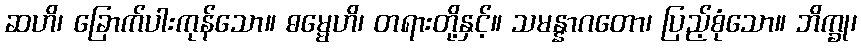
ဆဟိ၊ ခြောက်ပါးကုန်သော။ ဓမ္မေဟိ၊ တရားတို့နှင့်။ သမန္နာဂတော၊ ပြည့်စုံသော။ ဘိက္ခု၊